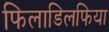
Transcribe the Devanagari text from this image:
फिलाडिलफिया